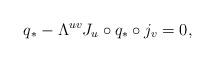
LaTeX: \begin{align*}q_*-\Lambda^{uv}J_u\circ q_*\circ j_v=0,\end{align*}